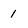
Character: 1